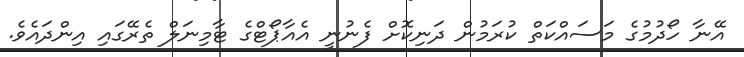
އޭނާ ހޯދުމުގެ މަސައްކަތް ކުރަމުން ދަނިކޮށް ފެނުނީ އެއާޕޯޓްގެ ޓާމިނަލް ތެރޭގައި އިންދައެވެ.